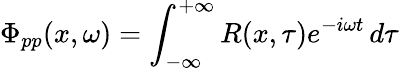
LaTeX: \Phi_{pp}(x,\omega)=\int_{-\infty}^{+\infty}R(x,\tau)e^{-i\omega t}\, d\tau